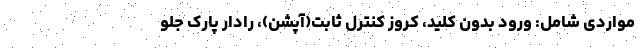
مواردی شامل: ورود بدون کلید، کروز کنترل ثابت(آپشن)، رادار پارک جلو